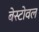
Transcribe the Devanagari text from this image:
बेस्टोवल